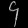
Digit: ၄